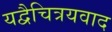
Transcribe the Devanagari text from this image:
यद्वैचित्रयवाद